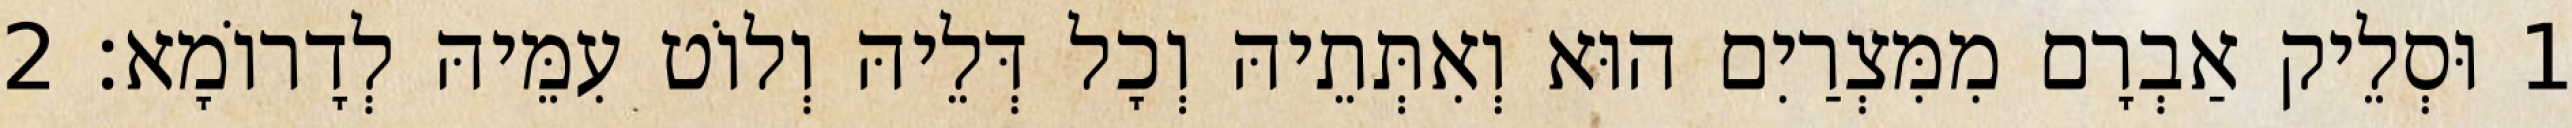
1 וּסְלֵיק אַבְרָם מִמִּצְרַיִם הוּא וְאִתְּתֵיהּ וְכָל דְּלֵיהּ וְלוֹט עִמֵּיהּ לְדָרוֹמָא׃ 2